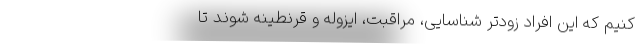
کنیم که این افراد زودتر شناسایی، مراقبت، ایزوله و قرنطینه شوند تا